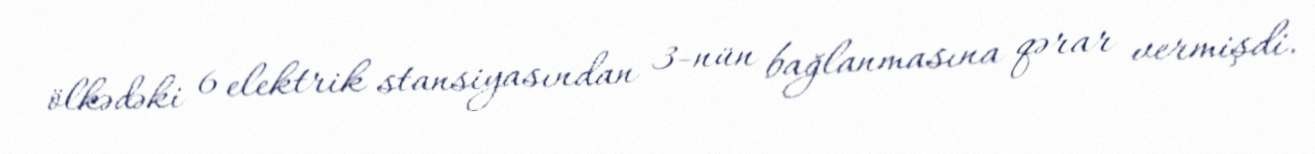
ölkədəki 6 elektrik stansiyasından 3-nün bağlanmasına qərar vermişdi.